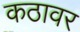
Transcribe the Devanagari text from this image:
कठावर